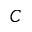
C